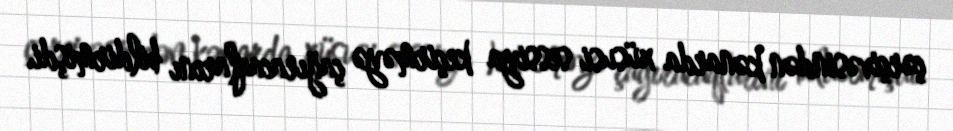
çərçivəsindən kənarda xüsusi sessiya keçirməyə çağıracaqlarını bildirmişdi.